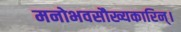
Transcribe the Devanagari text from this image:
मनोभवसौख्यकारिन्।